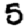
Digit: 5